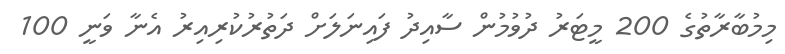
މިމުބާރާތުގެ 200 މީޓަރު ދުވުމުން ސާއިދު ފައިނަލަށް ދަތުރުކުރިއިރު އެނާ ވަނީ 100